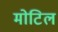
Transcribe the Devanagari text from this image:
मोटिल